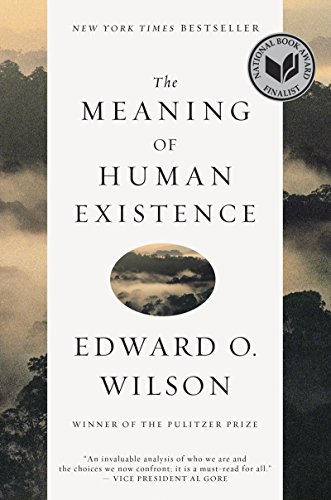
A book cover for The Meaning of Human Existence; Edward O. Wilson; Science & Math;